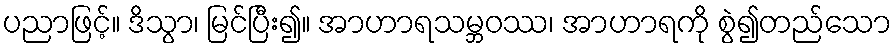
ပညာဖြင့်။ ဒိသွာ၊ မြင်ပြီး၍။ အာဟာရသမ္ဘဝဿ၊ အာဟာရကို စွဲ၍တည်သော